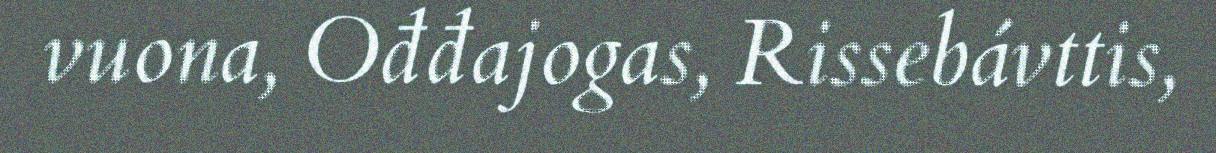
vuona, Ođđajogas, Rissebávttis,